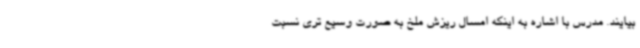
بیایند. مدرس با اشاره به اینکه امسال ریزش ملخ به صورت وسیع تری نسبت